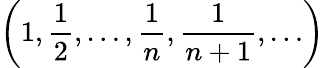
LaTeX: \left(1,{\frac{1}{2}},\ldots,{\frac{1}{n}},{\frac{1}{n+1}},\ldots\right)